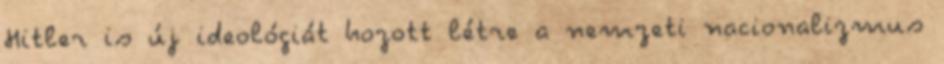
Hitler is új ideológiát hozott létre a nemzeti nacionalizmus